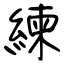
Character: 練